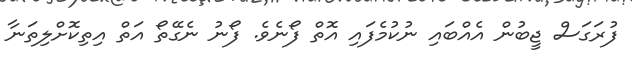
ފުރަގަސް ޖީބުން އެއްބައި ނުކުމެފައި އޮތް ފޯނެވެ. ފޯނު ނެގޭތޯ އަތް އިތިކޮށްލިތަނާ